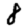
Digit: 8